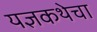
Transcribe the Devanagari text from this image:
यज्ञकथेचा